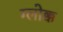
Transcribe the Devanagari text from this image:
ग्लोक्क